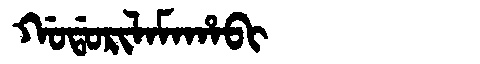
Manchu: ᡤᠣᡩᠣᡵᡳᠯᠠᠮᠠᡥᠠᠪᡳ
Romanization: GODORILAMAHABI